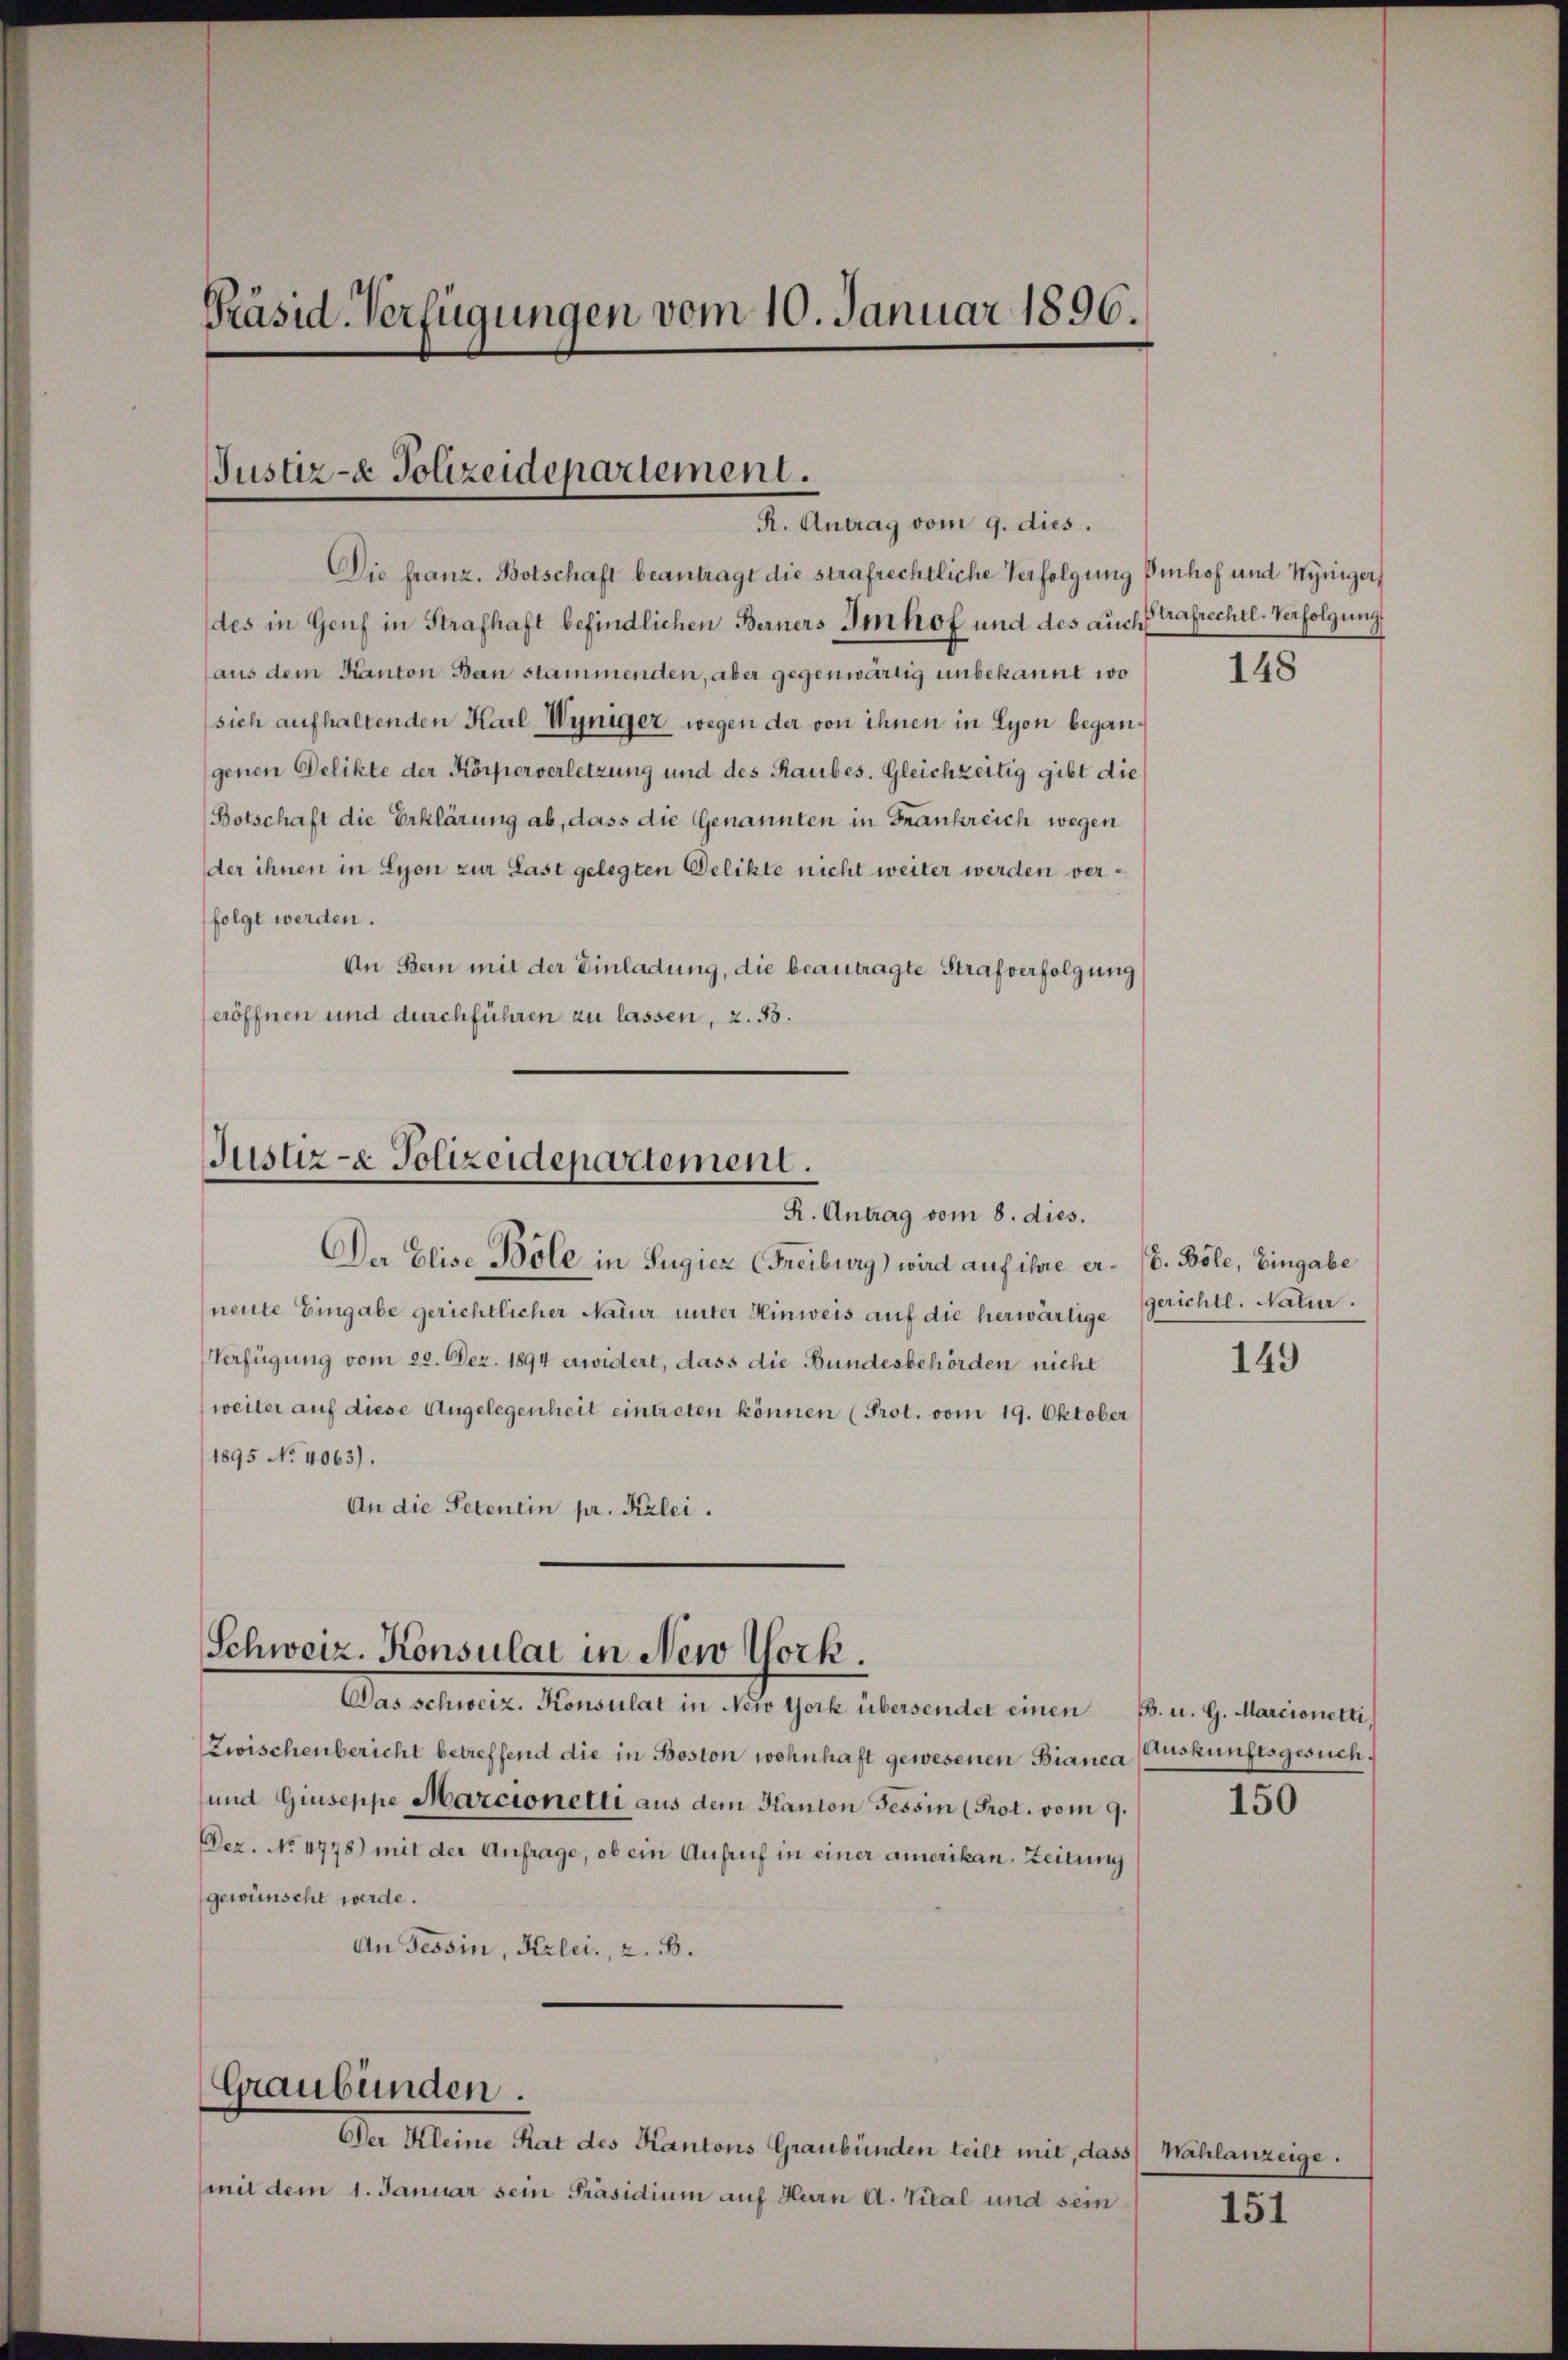
Präsid-Verfügungen vom 10. Januar 1896.

Justiz- & Polizeidepartement.
R. Antrag vom 9. dies.

Die franz. Botschaft beantragt die strafrechtliche Verfolgung Denhof und Myniger,
des in Genf in Strafhaft befindlichen Berners Imhof und des auch Strafrechtl. Verfolgung
aus dem Kanton Bern stammenden, aber gegenwärtig unbekannt wo
sich aufhaltenden Karl Wyniger, wegen der von ihnen in Lyon begangenen Delikte der Körperverletzung und des Raubes. Gleichzeitig gibt die
Botschaft die Erklärung ab, dass die Genannten in Frankreich wegen
der ihnen in Lyon zur Last gelegten Delikte nicht weiter werden verfolgt werden.
An Bern mit der Einladung, die beantragte Strafverfolgung
eröffnen und durchführen zu lassen, z. 53.

Justiz- & Polizeidepartement.
R. Antrag vom 8. dies.
Der Elise Böle in Sugier (Freiburg) wird auf ihre er- (b. Böle, Eingabe

neute Eingabe gerichtlicher Natur unter Hinweis auf die herwärtige Gerichte. Natur.
Verfügung vom 22. Dez. 1894 erwidert, dass die Bundesbehörden nicht
weiter auf diese Angelegenheit eintreten können (Prot. vom 19. Oktober
1895 No 4063).
An die Petenein pr. Kalei.

Schweiz. Konsulat in New York.

Graubünden.

Das schweiz. Konsulat in New York übersendet einen E. u. G. Marcionetti,
Zwischenbericht betreffend die in Boston wohnhaft gewesenen Bianca (Auskunftsgesuch.
und Giuseppe Marcionetti aus dem Kanton Tessin (Prot. vom 9.
Dez. No. 4778) mit der Anfrage, ob ein Aufruf in einer amerikan. Zeitung
gewünscht werde.
An Tessin, Kerlei., z. B.

Der Kleine Rat des Kantons Graubünden teilt mit, dass Wahlanzeige.
(mit dem 1. Januar sein Präsidium auf Herrn A. Vital und sein

148

149

150

151